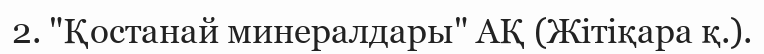
2. "Қостанай минералдары" АҚ (Жітіқара қ.).